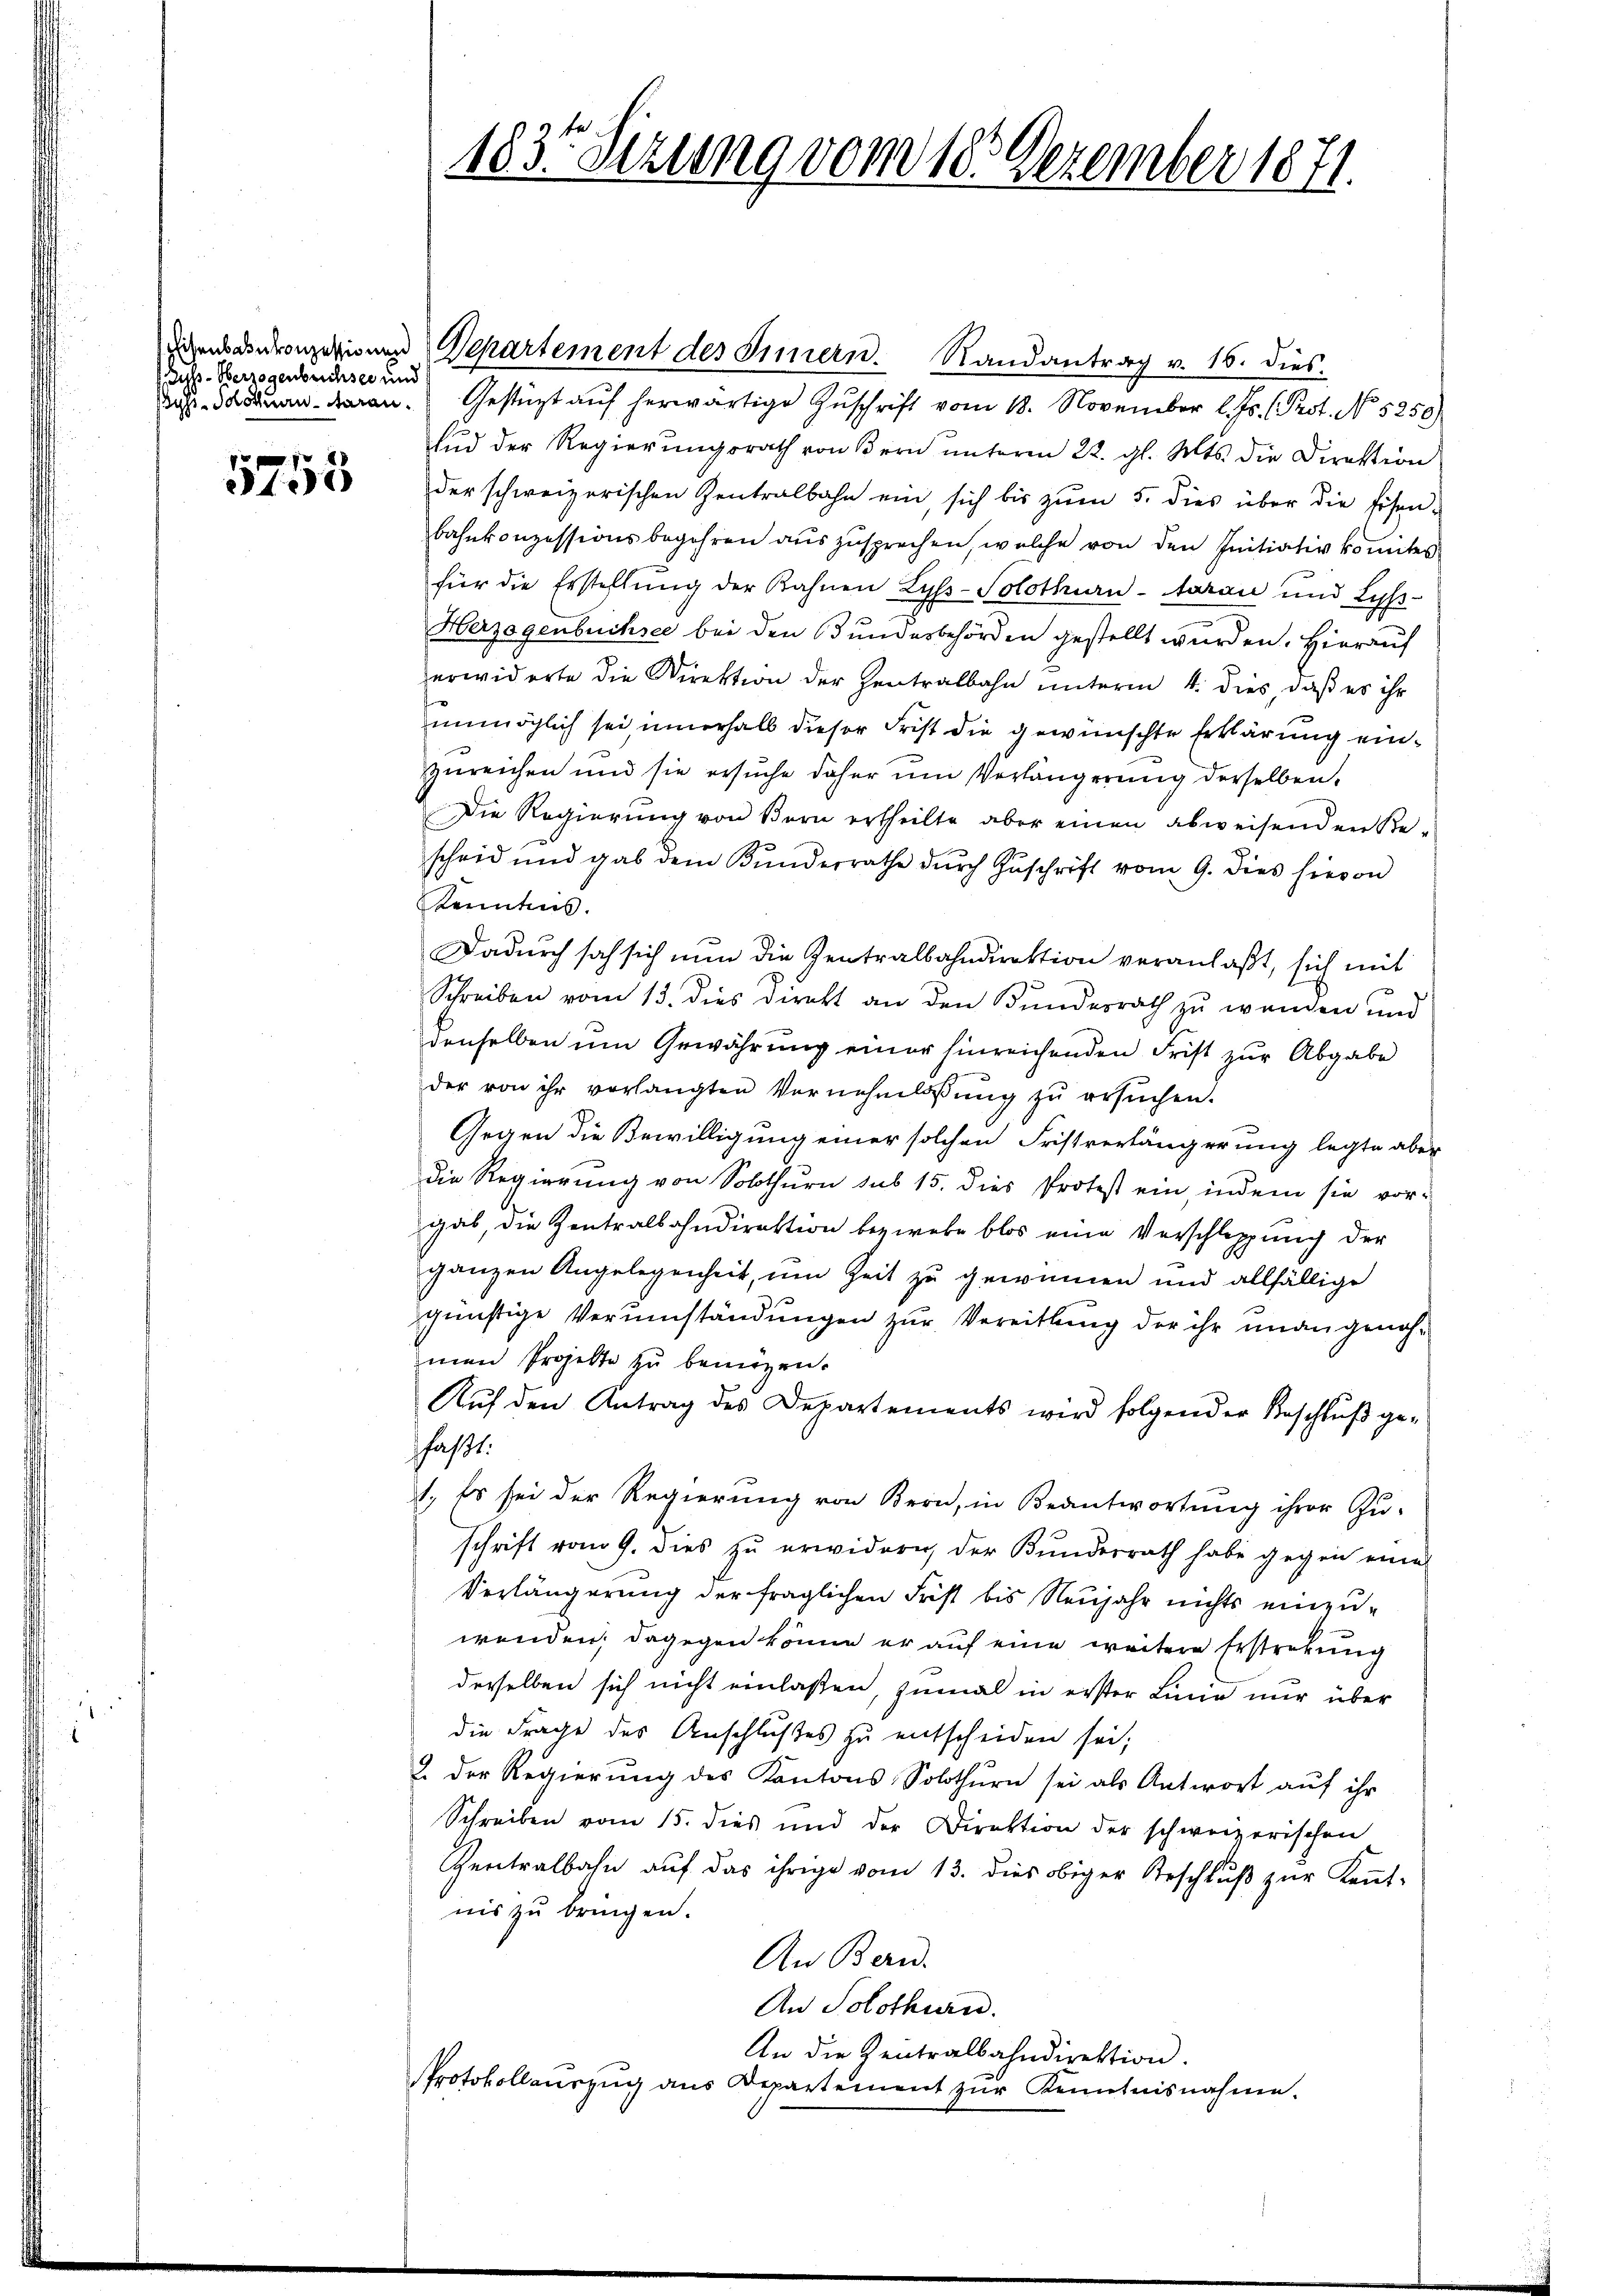
Zuss-Verzogenbüchsee und

15 f 0 x
105

dass den Gestüzt auf herwärtige Zuschrift vom 18. November l. Js. (Prot. No 5250)
.
Und der Regierungsrath von Bern unterm 22. gl. Mts. die Direktion
der schweizerischen Zentralbahn ein, sich bis zŭm 5. dies über die Eisen-
bahnkonzessionsbegehren aŭszŭsprechen, welche von den Initiativkomites
für die Erstellung der Bahnen Lyss-Solothurn-tarau und Lys¬
Herzogenbüchsee bei den Bundesbehörden gestellt wurden. Hierauf
erwiderte die Direktion der Zentralbahn unterm 1. dies, daß es ihr
unmöglich sei, innerhalb dieser Frist die gewünschte Erklärung einzureichen und sie ersuche daher um Verlängerung derselben,
Die Regierung von Bern ertheilte aber einen abweisenden Re-
scheid und gab dem Kundesrathe dŭrch Zŭschrift vom 9. dies hievon
Kenntnis.
Dadurch sah sich nun die Zentralbahndirektion veranlaßt, sich mit
Schreiben vom 13. dies Direkt an den Bundesrath zu wenden und
denselben um Gewährung einer hinreichenden Frist zur Abgabe
der von ihr verlangten Vernehmlassŭng zŭ ersŭchen.
Gegen die Bewilligung einer solchen Fristverlängerung legte aber
die Regierung von Solothurn sub 15. dies Protest ein, indem sie vor-
gab, die Zentralsahndirektion bezwebe blos eine Verschleppung der
ganzen Angelegenheit, um Zeit zu gewinnen und allfällige
günstige Verumständungen zur Vereitlung der ihr unangenohmen Projekte zŭ bemügen.
Auf den Antrag des Departements wird folgender Beschluß gefasst.
1., Es sei der Regierung von Bern, in Beantwortung ihrer Zu-
schrift vom 9. dies zu erwidern der Bundesrath habe gegen eines
Verlängerung der fraglichen Frist bis Neujahr nichts einzuwenden, dagegen könne er auf eine weitere Erstrebung
derselben sich nicht einlaßen, zumal in erster Linie nur über
die Frage des Anschlußes zu entscheiden sei;
2. Der Regierung des Kantons Solothurn sei als Antwort auf ihr
Schreiben vom 15. dies und der Direktion der schweizerischen
Zentralbahn aŭf das ihrige vom 13. dies obiger Beschlŭβ zŭr Keṅt-
nis zu bringen.
An Bern.
An Solothurn.
An die Zentralbahndirektion.
Protokollauszug aus Departement zur Kenntnisnahme.

183. Sizung vom 18. Dezember 1871.

Diens auronzerisung Departement des Innern. Randantrag v. 16. dies